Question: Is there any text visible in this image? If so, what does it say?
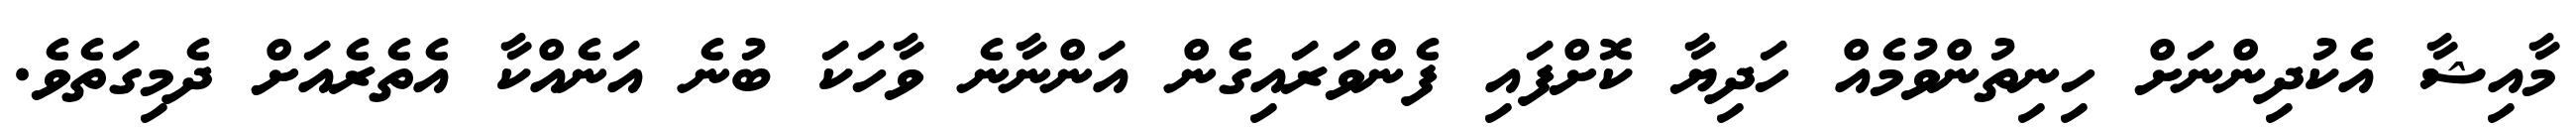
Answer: މާއިޝާ އެކުދިންނަށް ހިނިތުންވުމެއް ހަދިޔާ ކޮށްފައި ފެންވަރައިގެން އަންނާނެ ވާހަކަ ބުނެ އަނެއްކާ އެތެރެއަށް ދެމިގަތެވެ.